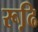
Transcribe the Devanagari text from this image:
रूढि़